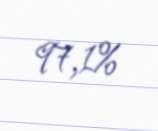
97,1%